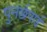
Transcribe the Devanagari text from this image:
पुनर्छपाई